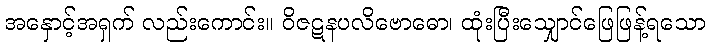
အနှောင့်အရှက် လည်းကောင်း။ ဝိဇဋနပလိဗောဓော၊ ထုံးပြီးသျှောင်ဖြေဖြန့်ရသော